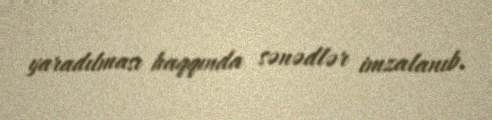
yaradılması haqqında sənədlər imzalanıb.